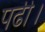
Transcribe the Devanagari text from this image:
पढी।